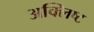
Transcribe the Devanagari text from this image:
अक्लिष्ट